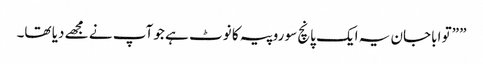
” ”تو اباجان یہ ایک پانچ سو روپیہ کا نوٹ ہے جو آپ نے مجھے دیا تھا۔